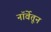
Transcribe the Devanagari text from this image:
नॉर्वेतून